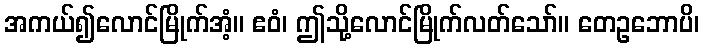
အကယ်၍လောင်မြိုက်အံ့။ ဧဝံ၊ ဤသို့လောင်မြိုက်လတ်သော်။ တေဥဘောပိ၊